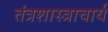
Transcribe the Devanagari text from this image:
तंत्रशास्त्राचार्य